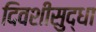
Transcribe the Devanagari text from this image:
दिवशीसुद्धा